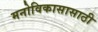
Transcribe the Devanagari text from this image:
मनोविकासासाठी